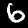
Label: 6